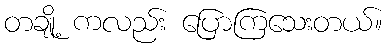
တချို့ ကလည်း ပြောကြသေးတယ်။